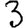
Digit: 3